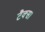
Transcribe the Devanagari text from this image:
टैक्स।